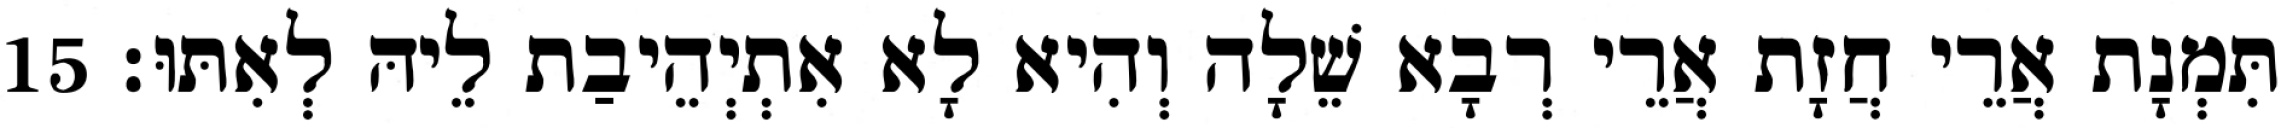
תִּמְנָת אֲרֵי חֲזָת אֲרֵי רְבָא שֵׁלָה וְהִיא לָא אִתְיְהֵיבַת לֵיהּ לְאִתּוּ׃ 15